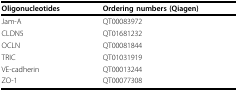
<table><thead><tr><td><b>Oligonucleotides</b></td><td><b>Ordering numbers (Qiagen)</b></td></tr></thead><tbody><tr><td>Jam-A</td><td>QT00083972</td></tr><tr><td>CLDN5</td><td>QT01681232</td></tr><tr><td>OCLN</td><td>QT00081844</td></tr><tr><td>TRIC</td><td>QT01031919</td></tr><tr><td>VE-cadherin</td><td>QT00013244</td></tr><tr><td>ZO-1</td><td>QT00077308</td></tr></tbody></table>